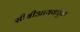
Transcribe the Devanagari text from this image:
सीबीआयकडून